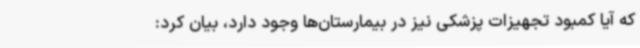
که آیا کمبود تجهیزات پزشکی نیز در بیمارستان‌ها وجود دارد، بیان کرد: